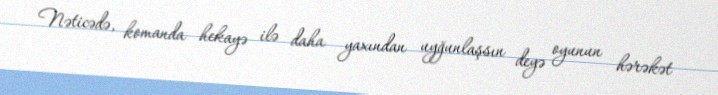
Nəticədə, komanda hekayə ilə daha yaxından uyğunlaşsın deyə oyunun hərəkət